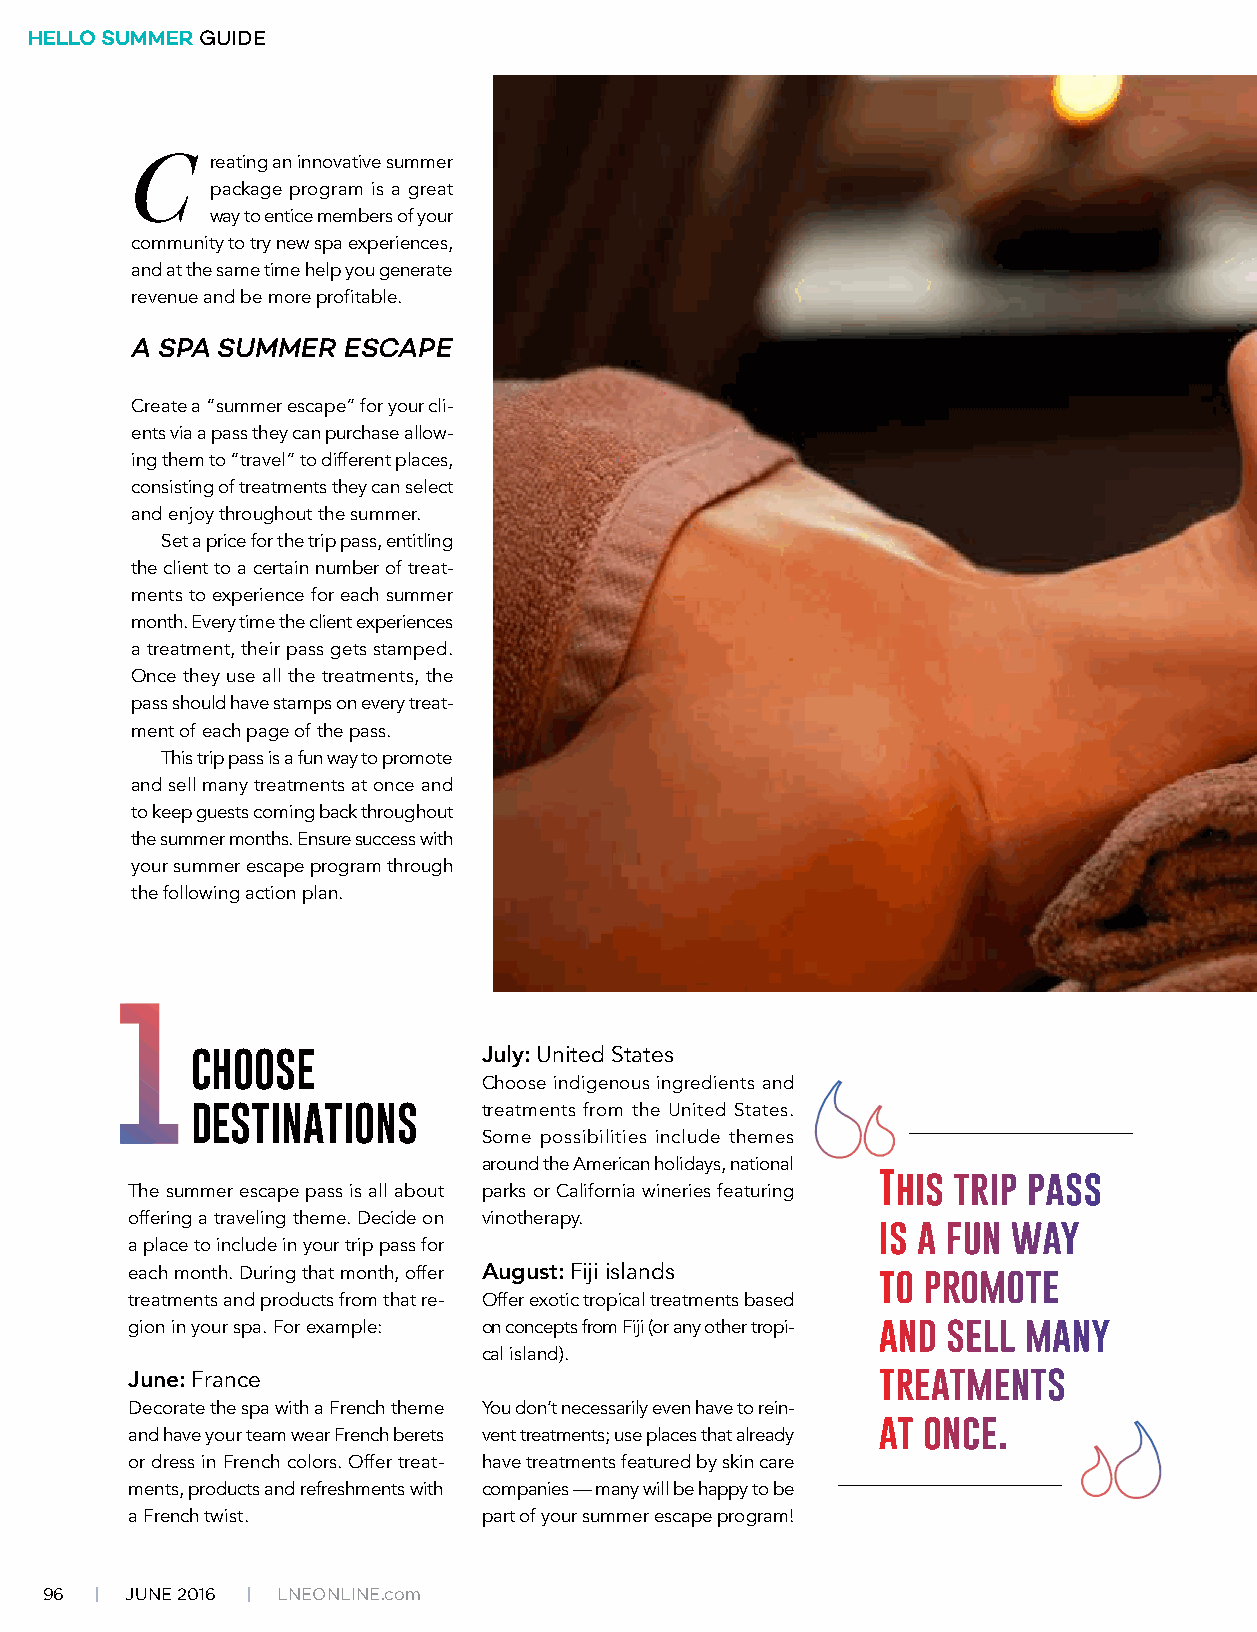
HELLO SUMMER GUIDE
 C    reating an innovative summer
 package program is a great
 way to entice members of your
 community to try new spa experiences,
 and at the same time help you generate
 revenue and be more profitable.
 A SPA SUMMER  ESCAPE
 Create a “summer escape” for your cli-
 ents via a pass they can purchase allow-
 ing them to “travel” to different places,
 consisting of treatments they can select
 and enjoy throughout the summer.
 Set a price for the trip pass, entitling
 the client to a certain number of treat-
 ments to experience for each summer
 month. Every time the client experiences
 a treatment, their pass gets stamped.
 Once they use all the treatments, the
 pass should have stamps on every treat-
 ment of each page of the pass.
 This trip pass is a fun way to promote
 and sell many treatments at once and
 to keep guests coming back throughout
 the summer months. Ensure success with
 your summer escape program through
 the following action plan.
 CHOOSE             July: United States
 Choose indigenous ingredients and
 DESTINATIONS       treatments from the United States.
 Some possibilities include themes
 around the American holidays, national
 This trip pass
 The summer escape pass is all about parks or California wineries featuring
 offering a traveling theme. Decide on vinotherapy.
 is a fun way
 a place to include in your trip pass for
 each month. During that month, offer August: Fiji islands to promote
 treatments and products from that re- Offer exotic tropical treatments based
 gion in your spa. For example: on concepts from Fiji (or any other tropi- and sell many
 cal island).
 June: France                                      treatments
 Decorate the spa with a French theme You don’t necessarily even have to rein-
 at once.
 and have your team wear French berets vent treatments; use places that already
 or dress in French colors. Offer treat- have treatments featured by skin care
 ments, products and refreshments with companies — many will be happy to be
 a French twist.         part of your summer escape program!
 96 | JUNE 2016 | LNEoNLiNE.com